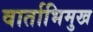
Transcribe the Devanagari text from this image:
वार्ताभिमुख